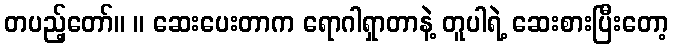
တပည့်တော်။ ။ ဆေးပေးတာက ရောဂါရှာတာနဲ့ တူပါရဲ့ ဆေးစားပြီးတော့